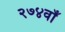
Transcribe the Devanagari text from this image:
२७४वाँ